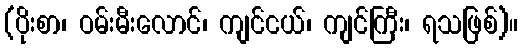
(ပိုးစာ၊ ဝမ်းမီးလောင်၊ ကျင်ငယ်၊ ကျင်ကြီး၊ ရသဖြစ်)။